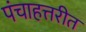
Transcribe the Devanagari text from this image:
पंचाहत्तरीत